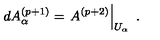
d A _ { \alpha } ^ { ( p + 1 ) } = \left. A ^ { ( p + 2 ) } \right| _ { U _ { \alpha } } \ .